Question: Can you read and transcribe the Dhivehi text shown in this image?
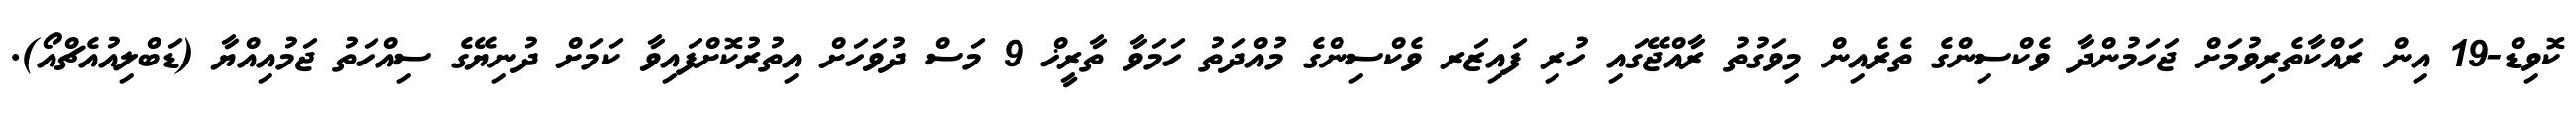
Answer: ކޮވިޑް-19 އިން ރައްކާތެރިވުމަށް ޖަހަމުންދާ ވެކްސިންގެ ތެރެއިން މިވަގުތު ރާއްޖޭގައި ހުރި ފައިޒަރ ވެކްސިންގެ މުއްދަތު ހަމަވާ ތާރީޚް 9 މަސް ދުވަހަށް އިތުރުކޮށްފައިވާ ކަމަށް ދުނިޔޭގެ ސިއްހަތު ޖަމުއިއްޔާ (ޑަބްލިއުއެޗްއޯ).